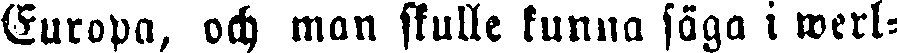
Europa, och man skulle kunna säga i werl-